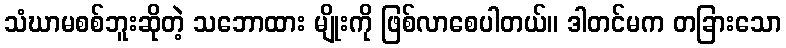
သံဃာမစစ်ဘူးဆိုတဲ့ သဘောထား မျိုးကို ဖြစ်လာစေပါတယ်။ ဒါတင်မက တခြားသော